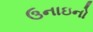
ઉનાઇનો